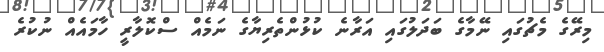
މިރޭގެ މެޗުގައި ނޭމާގެ ބަދަލުގައި އަރާނެ ކުޅުންތެރިޔާގެ ނަމެއް ސްކޮލާރީ ހާމައެއް ނުކުރެ